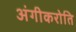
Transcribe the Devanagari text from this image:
अंगीकरोति